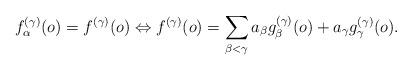
LaTeX: \begin{align*}f_{\alpha}^{(\gamma)}(o)=f^{(\gamma)}(o) \Leftrightarrow f^{(\gamma)}(o)=\sum_{\beta<\gamma}a_{\beta}g_{\beta}^{(\gamma)}(o)+a_{\gamma}g_{\gamma}^{(\gamma)}(o).\end{align*}